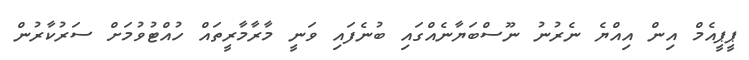
ޕީޕީއެމް އިން އިއްޔެ ނެރުނު ނޫސްބަޔާނެއްގައި ބުނެފައި ވަނީ މާރާމާރީތައް ހުއްޓުވުމަށް ސަރުކާރުން